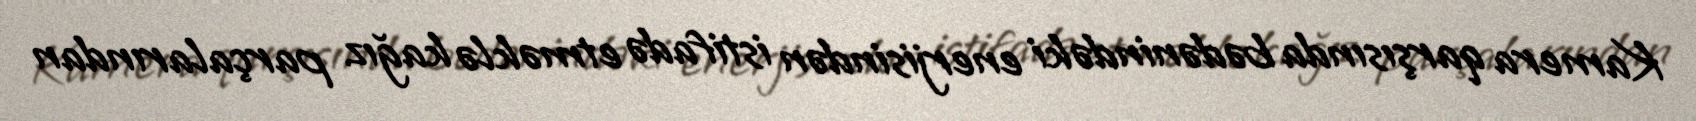
Kamera qarşısında bədənindəki enerjisindən istifadə etməklə kağız parçalarından